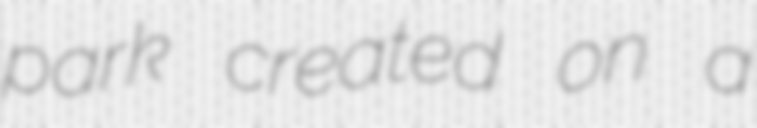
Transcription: park created on a